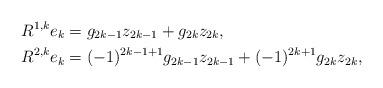
LaTeX: \begin{align*} R^{1,k} e_{k}&=g_{2k-1}z_{2k-1} + g_{2k}z_{2k},\\R^{2,k} e_k&=(-1)^{2k-1+1} g_{2k-1}z_{2k-1}+ (-1)^{2k+1} g_{2k}z_{2k},\end{align*}